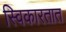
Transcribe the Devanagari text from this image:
स्विकारतात